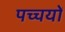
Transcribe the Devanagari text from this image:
पच्चयों